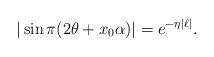
LaTeX: \begin{align*} |\sin\pi(2\theta+x_0\alpha)|=e^{-\eta |\ell|}. \end{align*}